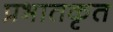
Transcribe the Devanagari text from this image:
प्रभातकृत